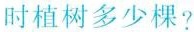
小时植树多少棵?